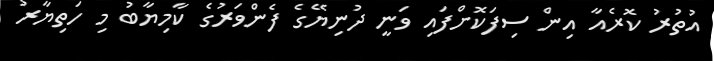
އުތުރު ކޮރެއާ އިން ސިފަކޮށްފައި ވަނީ ދުނިޔޭގެ ފެންވަރުގެ ކާމިޔާބު މި ހަތިޔާރު